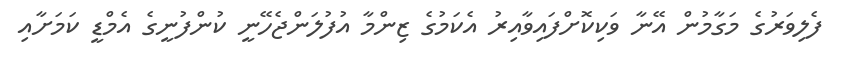
ފެލިވަރުގެ މަގާމުން އޭނާ ވަކިކޮށްފައިވާއިރު އެކަމުގެ ޒިންމާ އުފުލަންޖެހޭނީ ކުންފުނީގެ އެމްޑީ ކަމަށާއި